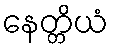
နေတ္တိယံ